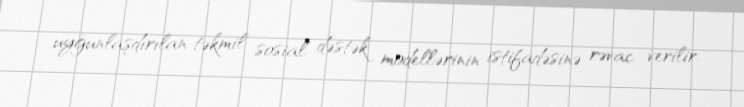
uyğunlaşdırılan təkmil sosial dəstək modellərinin istifadəsinə rəvac verilir.